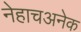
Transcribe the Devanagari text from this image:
नेहाचअनेक